65_HS1-834228961_62-HQ-83894_Serial_130
Agency: FBI
Page 53
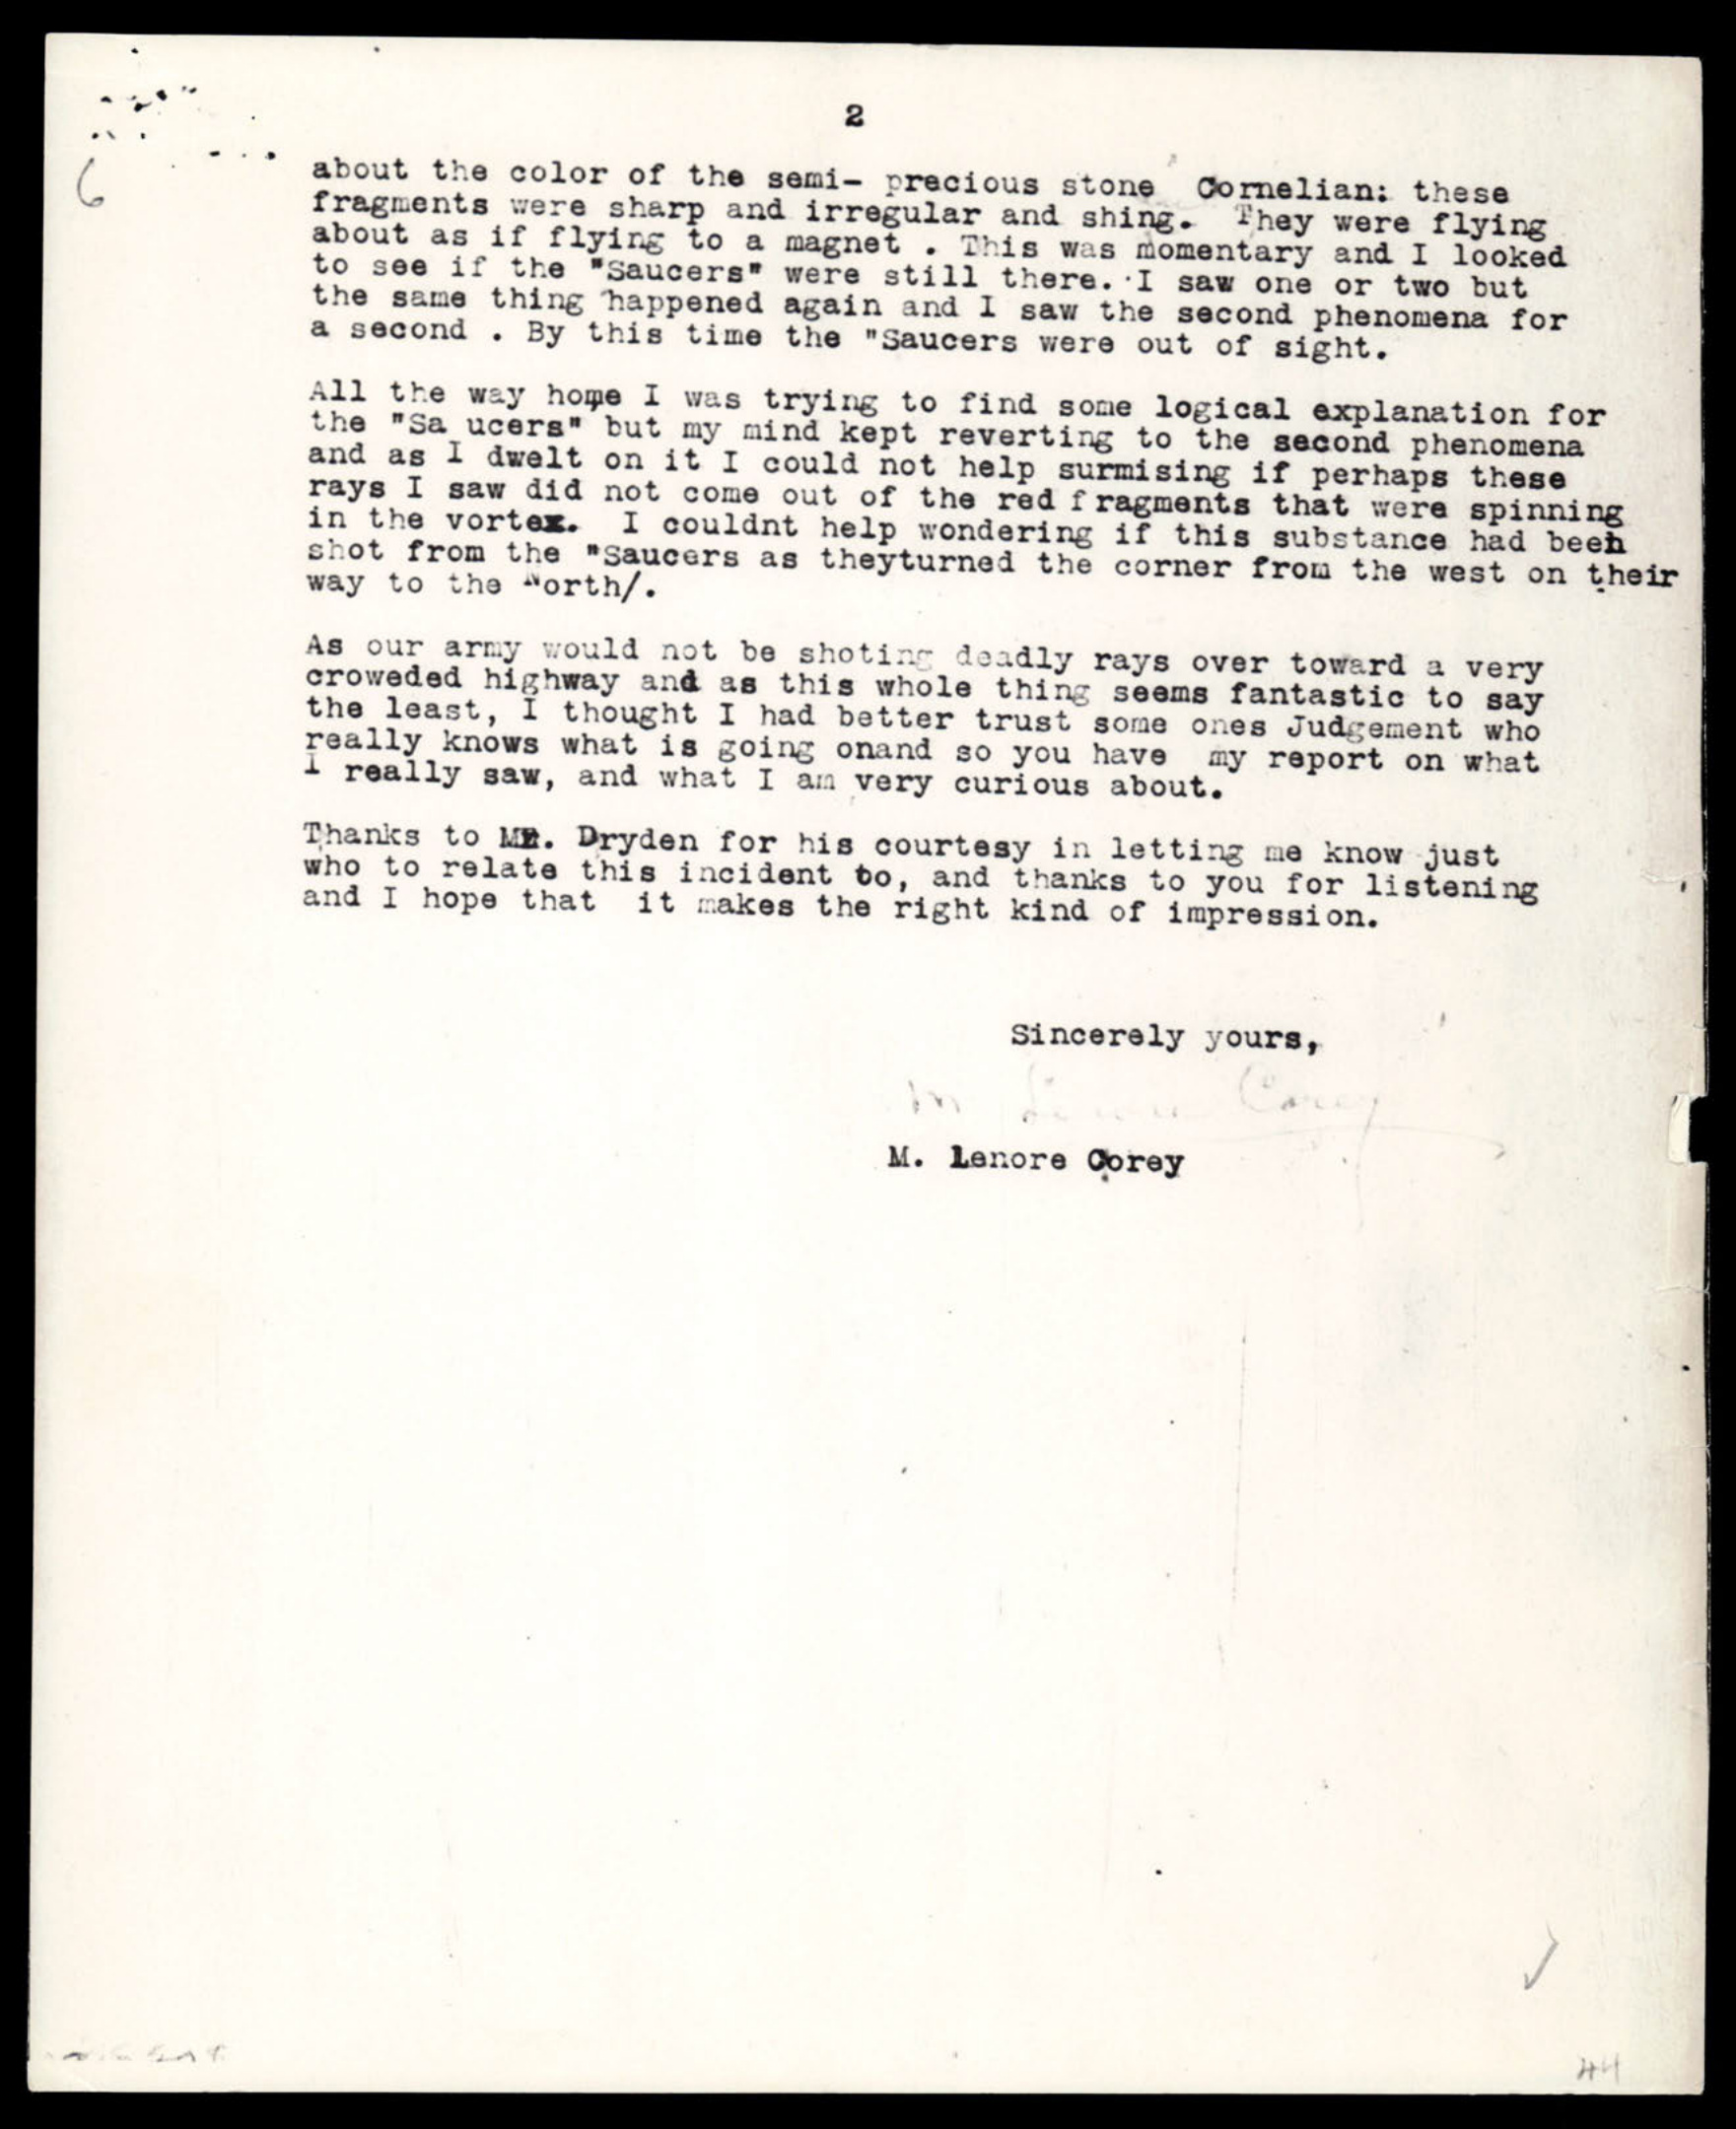